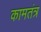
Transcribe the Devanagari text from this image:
कामतंत्र